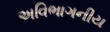
અવિભાગનીય